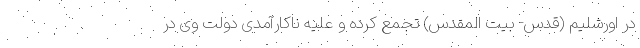
در اورشلیم (قدس- بیت المقدس) تجمع کرده و علیه ناکارآمدی دولت وی در